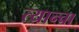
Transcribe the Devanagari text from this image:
त्यान्चा